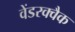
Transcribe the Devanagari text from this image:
वेंडरक्वैक